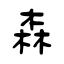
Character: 森